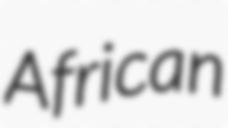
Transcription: African